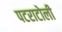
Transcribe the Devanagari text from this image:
पटराटोली